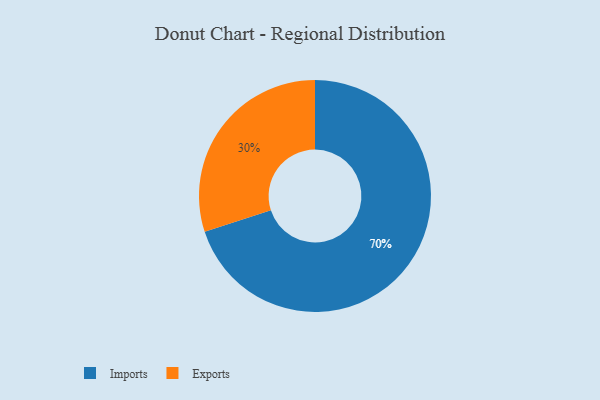
{"axis": {"x": "Category", "y": "Percentage"}, "legend": ["Exports", "Imports"], "data": [{"x": "Imports", "y": 70, "type": "Imports"}, {"x": "Exports", "y": 30, "type": "Exports"}]}